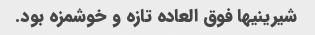
شیرینیها فوق العاده تازه و خوشمزه بود.